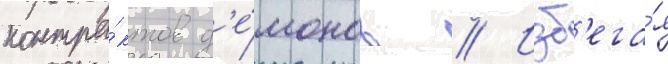
контра́ктов д'е́монов // Изб'ега́я